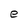
Character: e